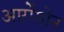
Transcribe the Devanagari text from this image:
आरोंसोन